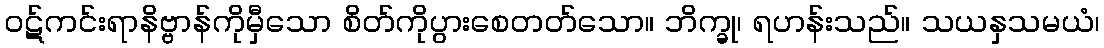
ဝဋ်ကင်းရာနိဗ္ဗာန်ကိုမှီသော စိတ်ကိုပွားစေတတ်သော။ ဘိက္ခု၊ ရဟန်းသည်။ သယနှသမယံ၊